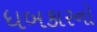
ધબકારનો